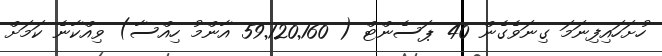
ހުށަހައިފިނަމަ ގިނަވެގެން 40 ޕަސެންޓް ( 59